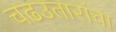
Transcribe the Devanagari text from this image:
चढउतारांचा